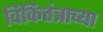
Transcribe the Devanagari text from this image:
विकितंत्राच्या